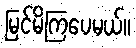
မြင်မိကြပေမယ်။